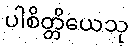
ပါစိတ္တိယေသု